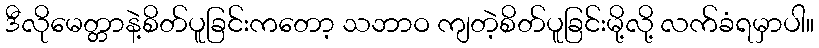
ဒီလိုမေတ္တာနဲ့စိတ်ပူခြင်းကတော့ သဘာဝ ကျတဲ့စိတ်ပူခြင်းမို့လို့ လက်ခံရမှာပါ။